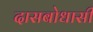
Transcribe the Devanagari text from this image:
दासबोधासी